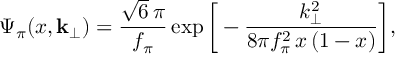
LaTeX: \Psi _ { \pi } ( x , { \bf k } _ { \perp } ) = \frac { \sqrt { 6 } \, \pi } { f _ { \pi } } \exp \bigg [ - \frac { k _ { \perp } ^ { 2 } } { 8 \pi f _ { \pi } ^ { 2 } \, x \, ( 1 - x ) } \bigg ] ,